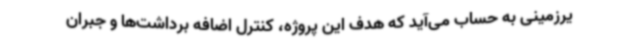
یرزمینی به حساب می‌آید که هدف این پروژه، کنترل اضافه برداشت‌ها و جبران